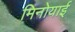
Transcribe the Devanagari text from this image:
मिनोयाई